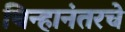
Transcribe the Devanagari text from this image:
चिन्हानंतरचे